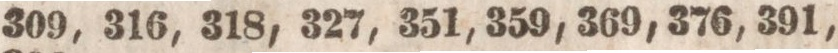
309, 316, 318, 327, 351, 359, 369, 376, 391,